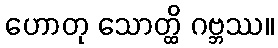
ဟောတု သောတ္ထိ ဂဗ္ဘဿ။